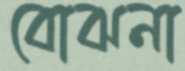
বোঝনা